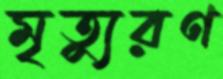
মৃত্যুরণ